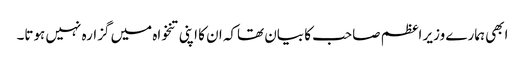
ابھی ہمارے وزیر اعظم صاحب کا بیان تھاکہ ان کا اپنی تنخواہ میں گزارہ نہیں ہوتا۔